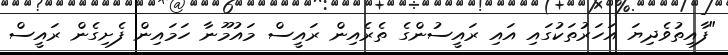
"ފާއިތުވެދިޔަ އަހަރުތަކުގައި އައި ރައީސުންގެ ތެރެއިން ރައީސް މައުމޫނާ ހަަމައިން ފެށިގެން ރައީސް